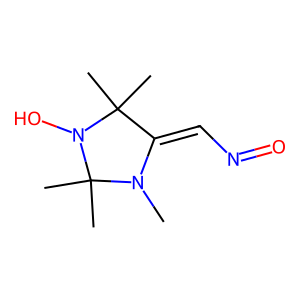
SMILES: CN1C(=CN=O)C(C)(C)N(O)C1(C)C
Inhibits HIV replication: No